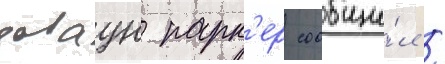
даваун парк'ер сообщи́л /